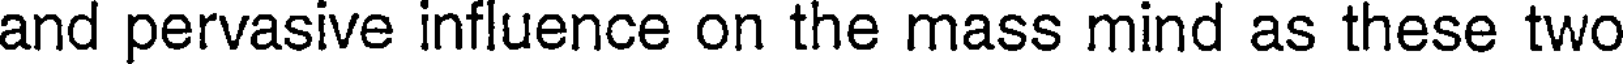
and pervasive influence on the mass mind as these two